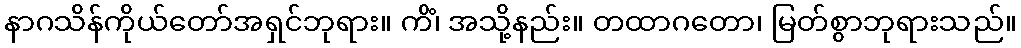
နာဂသိန်ကိုယ်တော်အရှင်ဘုရား။ ကိံ၊ အသို့နည်း။ တထာဂတော၊ မြတ်စွာဘုရားသည်။